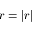
r = | r |